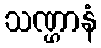
သဏ္ဌာနံ